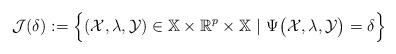
LaTeX: \begin{align*} \mathcal{J}(\delta):=\Big\{(\mathcal{X},\lambda,\mathcal{Y})\in \mathbb{X}\times\mathbb{R}^{p}\times\mathbb{X} \ |\ \Psi\big(\mathcal{X},\lambda,\mathcal{Y}\big)=\delta\Big\} \end{align*}